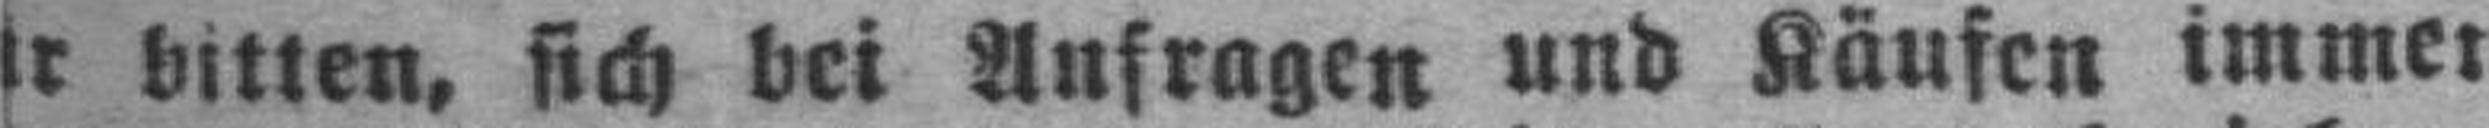
###r bitten, sich bei Anfragen und Käufen immer